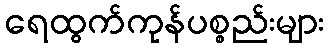
ရေထွက်ကုန်ပစ္စည်းများ